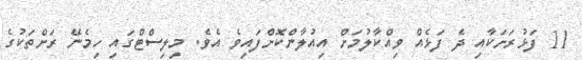
11 ފަޅުރަށަކާއި ދެ ފަޅެއް ވިއްކާލުމަށް އިއުލާންކޮށްފައިވެ އެވެ. މިލިސްޓްގައި ހިމެނޭ ރަށްތަކުގެ